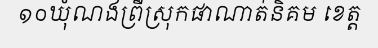
១០ឃុំណងព្រឺស្រុកផាណាត់និគម ខេត្ត